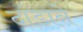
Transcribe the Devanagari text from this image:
दांडाने